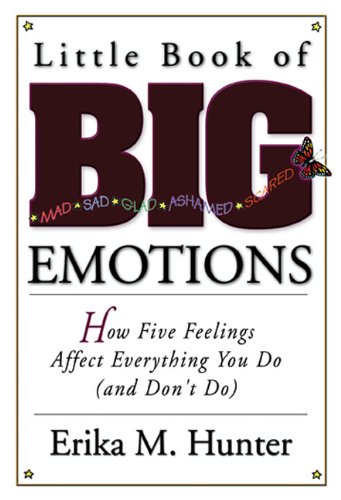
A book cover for Little Book of Big Emotions: How Five Feelings Affect Everything You Do (and Don't Do); Erika M Hunter; Humor & Entertainment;